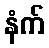
နံက်